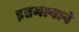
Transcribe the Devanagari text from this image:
इतमानाने